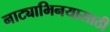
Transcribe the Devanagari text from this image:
नाट्याभिनयासाठी